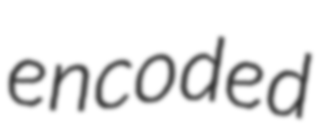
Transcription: encoded